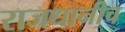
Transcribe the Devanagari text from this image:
राजधानीच